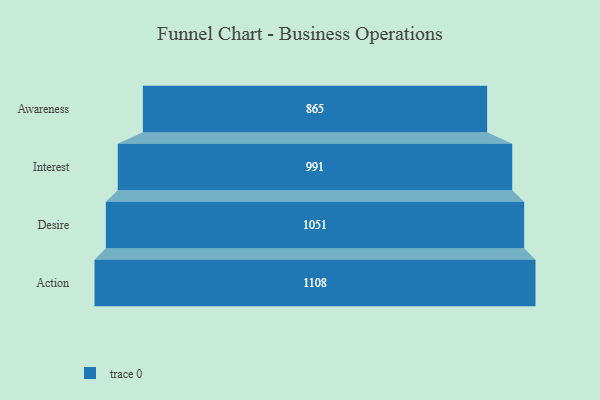
{"axis": {"x": "Stage", "y": "Value"}, "legend": [""], "data": [{"x": "Awareness", "y": 865.0, "type": ""}, {"x": "Interest", "y": 991.0, "type": ""}, {"x": "Desire", "y": 1051.0, "type": ""}, {"x": "Action", "y": 1108.0, "type": ""}]}